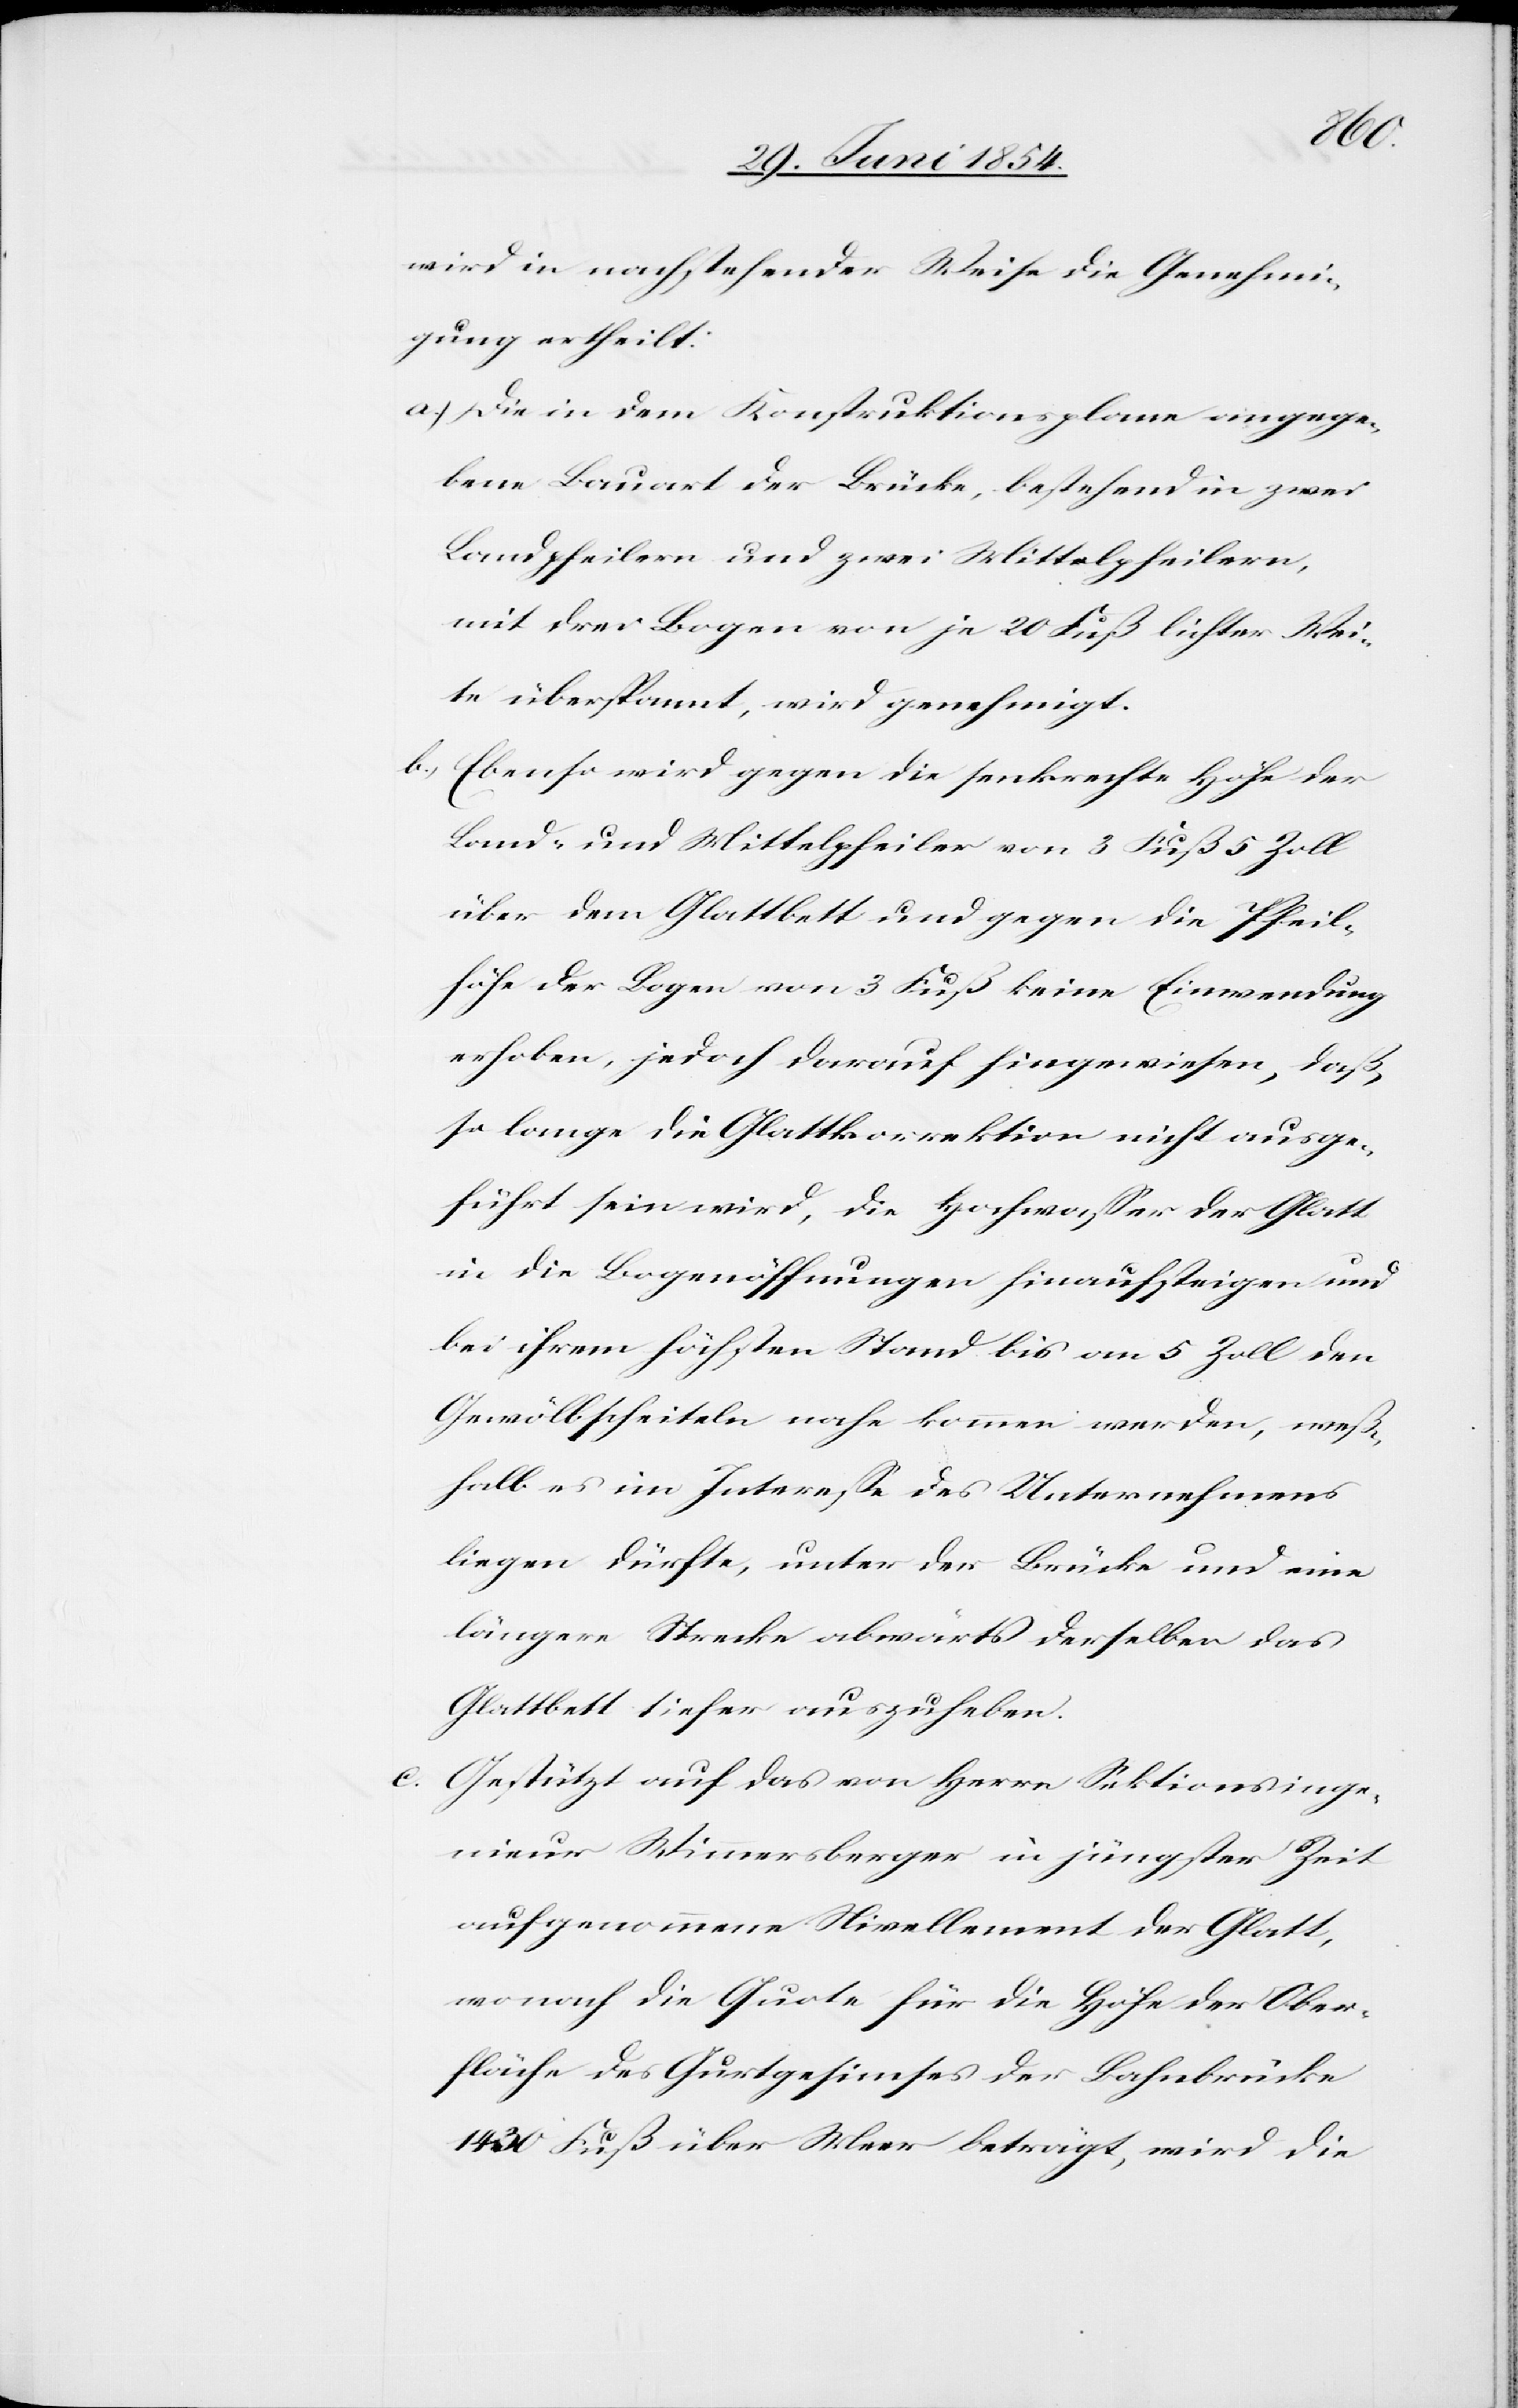
wird in nachstehender Weise die Genehmi¬
gung ertheilt:
a.) Die in dem Konstruktionsplane angege¬
bene Bauart der Brücke, bestehend in zwei
Landpfeilern und zwei Mittelpfeilern,
mit drei Bogen von je 20 Fuß lichte Wei¬
te überspannt, wird genehmigt.
b.) Ebenso wird gegen die senkrechte Höhe der
Land- und Mittelpfeiler von 3 Fuß 5 Zoll
über dem Glattbett und gegen die Pfeil¬
höhe der Bogen von 3 Fuß keine Einwendung
erhoben, jedoch darauf hingewiesen, daß
so lange die Glattkorrektion nicht ausge¬
führt sein wird, die Hochwaßer der Glatt
in die Bogenöffnungen hinaufsteigen und
bei ihrem höchsten Stand bis an 5 Zoll den
Gewölbscheiteln nahe kommen werden, weß¬
halb es im Intereße des Unternehmens
liegen dürfte, unter der Brücke und eine
längere Strecke abwärts derselben das
Glattbett tiefer auszuheben.
c.[)] Gestützt auf das von Herr Sektionsinge¬
nieur Wimmersberger in jüngster Zeit
aufgenommene Nivellement der Glatt,
wonach die Quote für die Höhe der Ober¬
fläche des Gurtgesimses der Bahnbrücke
1430 Fuß über Meer beträgt, wird die